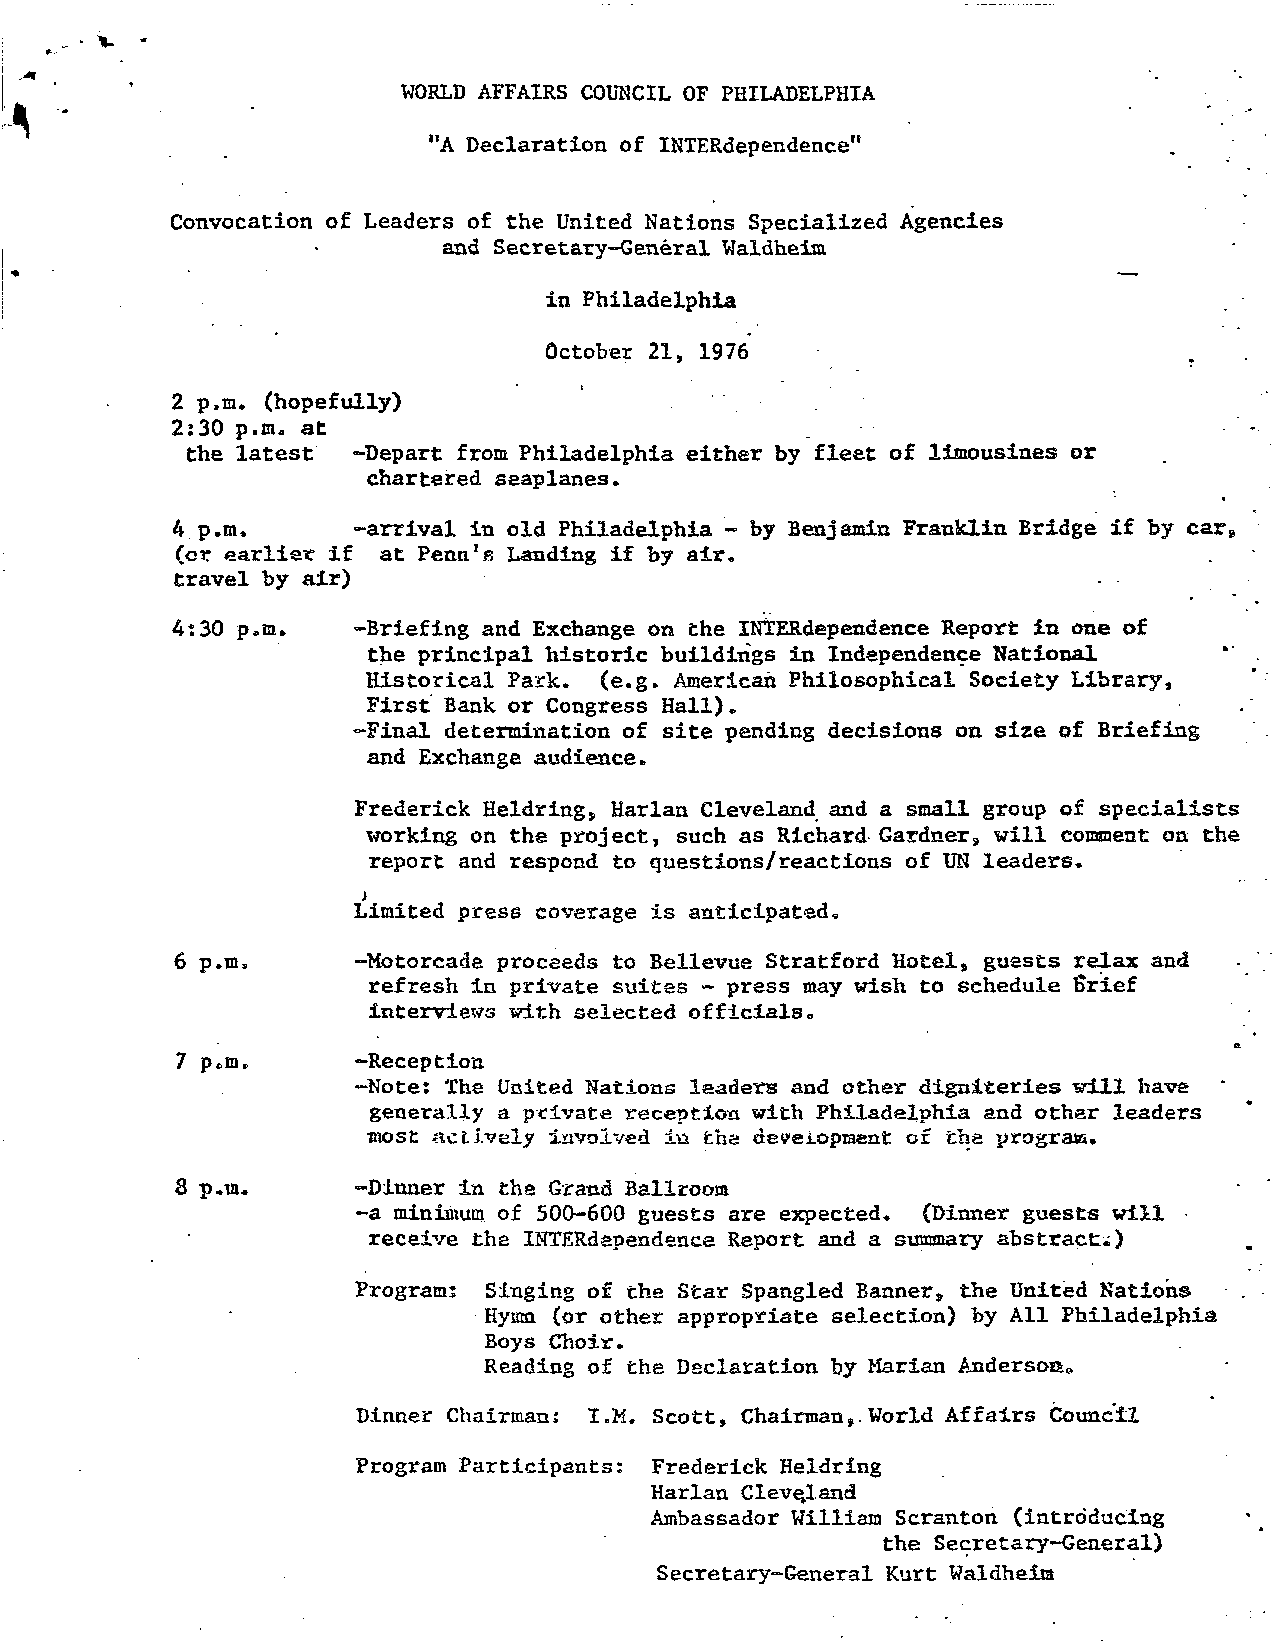
WORLD AFFAIRS COUNCIL OF PHILADELPHIA
 "A Declaration of INTERdependence"
 Convocation of Leaders of the United Nations Specialized Agencies
 and Secretary-General Waldheim
 in Philadelphia
 October 21, 1976
 2 p.m. (hopefully)
 2:30 p.m. at
 the latest  -Depart from Philadelphia either by fleet of limousines or
 chartered seaplanes.
 4 p.m.       -arrival in old Philadelphia - by Benjamin Franklin Bridge if by car»
 (or earlier if at Penn's Landing if by air.
 travel by air)                                               -
 4:30 p.m.    -Briefing and Exchange on the INTERdependence Report in one of
 the principal historic buildings in Independence National
 Historical Park. (e.g. American Philosophical Society Library,
 First Bank or Congress Hall).
 -Final determination of site pending decisions on size of Briefing
 and Exchange audience.
 Frederick Heldring, Harlan Cleveland and a small group of specialists
 working on the project, such as Richard Gardner, will comment on the
 report and respond to questions/reactions of UN leaders,
 >
 Limited press coverage is anticipated.
 6 p.m.      -Motorcade proceeds to Bellevue Stratford Hotel, guests relax and
 refresh in private suites - press may wish to schedule Srief
 interviews with selected officials,
 ft
 7 p*nu      -Reception
 -Note: The United Rations leaders and other digniteries will have
 generally a private reception with Philadelphia and other leaders
 most acLively involved in fche deveiopiaent of tha program,
 8 p.m.      -Dinner in the Grand Ballroom
 -a minimum of 500-600 guests are expected. (Dinner guests will
 receive tha INTERdependence Report and a summary abstracts)
 Program: Singing of the Star Spangled Banner, the United Nations
 Hyum (or other appropriate selection) by All Philadelphia
 Boys Choir.
 Reading of the Declaration by Marian Andersott
 e
 Dinner Chairman: I.M. Scott, Chairman,. World Affairs Council
 Program Participants: Frederick Heldring
 Harlan Cleveland
 Ambassador William Scranton (introducing
 the Secretary-General)
 Secretary-General Kurt Waldheia